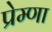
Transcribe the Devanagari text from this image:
प्रेम्णा